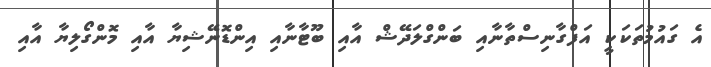
އެ ގައުމުތަކަކީ އަފްގާނިސްތާނާއި ބަންގްލަދޭޝް އާއި ބޫޓާނާއި އިންޑޮނޭޝިޔާ އާއި މޮންގޯލިޔާ އާއި